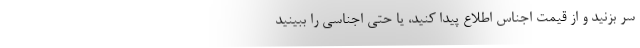
سر بزنید و از قیمت اجناس اطلاع پیدا کنید، یا حتی اجناسی را ببینید